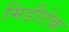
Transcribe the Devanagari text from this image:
मिडीटेक